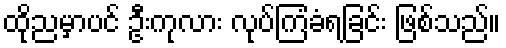
ထိုညမှာပင် ဦးကုလား လုပ်ကြံခံရခြင်း ဖြစ်သည်။